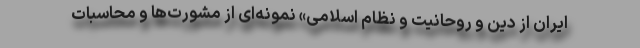
ایران از دین و روحانیت و نظام اسلامی» نمونه‌ای از مشورت‌ها و محاسبات